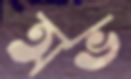
অভ